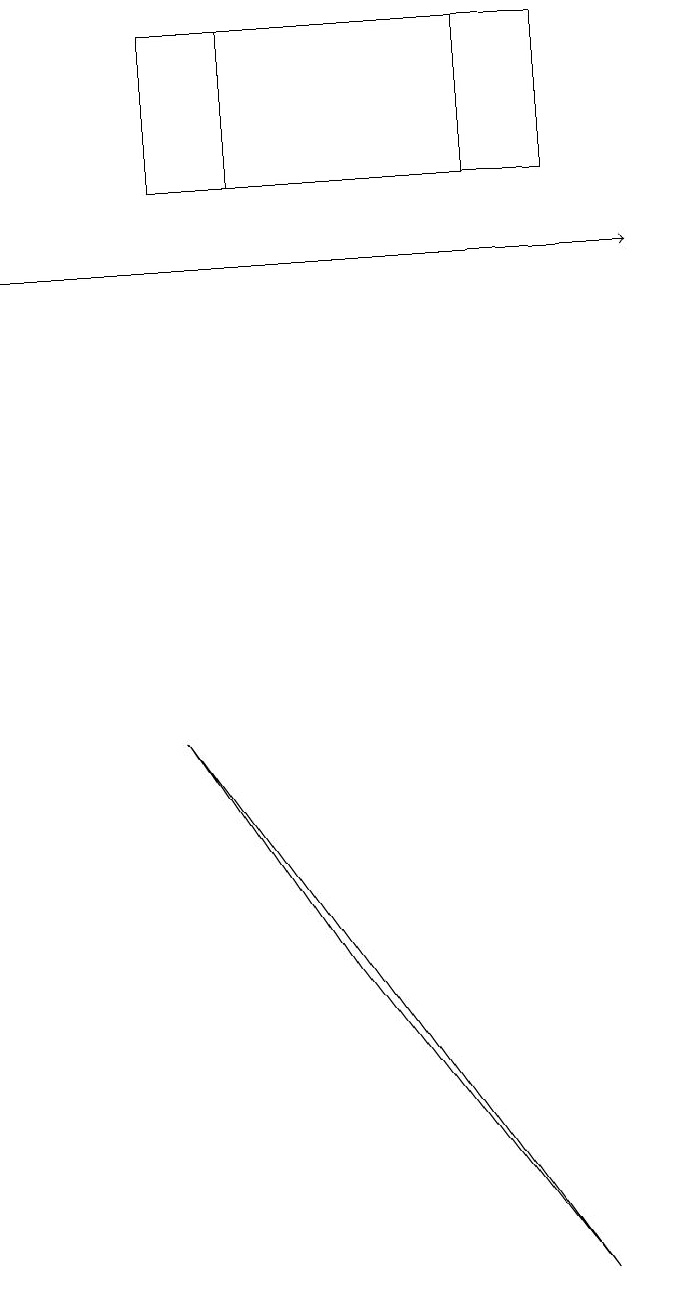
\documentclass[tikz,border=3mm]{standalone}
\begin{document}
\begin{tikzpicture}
\draw (7,18) rectangle (3,16);
\draw (2,18) rectangle (6,16);
\draw[->] (0,15) -- (8,15);
\draw (4,6) -- (2,9) -- (7,2) -- cycle;
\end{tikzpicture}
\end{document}